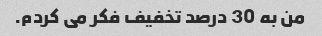
من به 30 درصد تخفیف فکر می کردم.